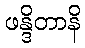
ဖန္ဒိတာနိ